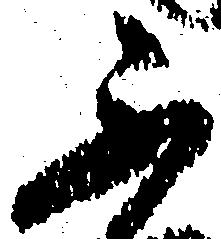
不